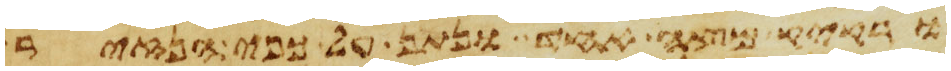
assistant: ורקיק מצה אחד ונתן על כפי הנזיר